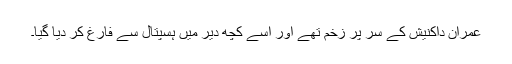
عمران داکنیش کے سر پر زخم تھے اور اسے کچھ دیر میں ہسپتال سے فارغ کر دیا گیا۔